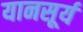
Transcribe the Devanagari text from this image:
यानसूर्य